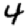
Digit: 4